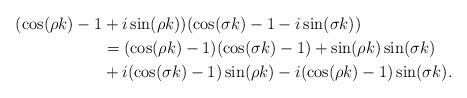
LaTeX: \begin{align*}( \cos(\rho k) -1 &+i \sin(\rho k) )( \cos(\sigma k) -1 -i \sin(\sigma k) )\\&= ( \cos(\rho k) -1)( \cos(\sigma k) -1) + \sin(\rho k)\sin(\sigma k)\\&+ i (\cos(\sigma k) -1) \sin(\rho k)- i (\cos(\rho k) -1) \sin(\sigma k).\end{align*}